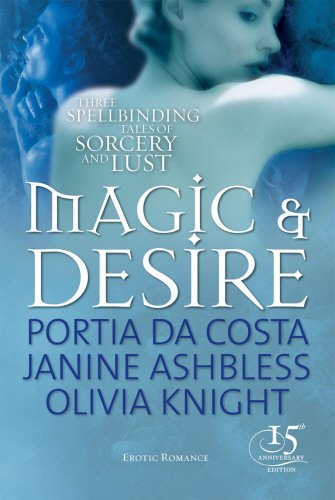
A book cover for Magic & Desire (Black Lace); Portia Da Costa; Romance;